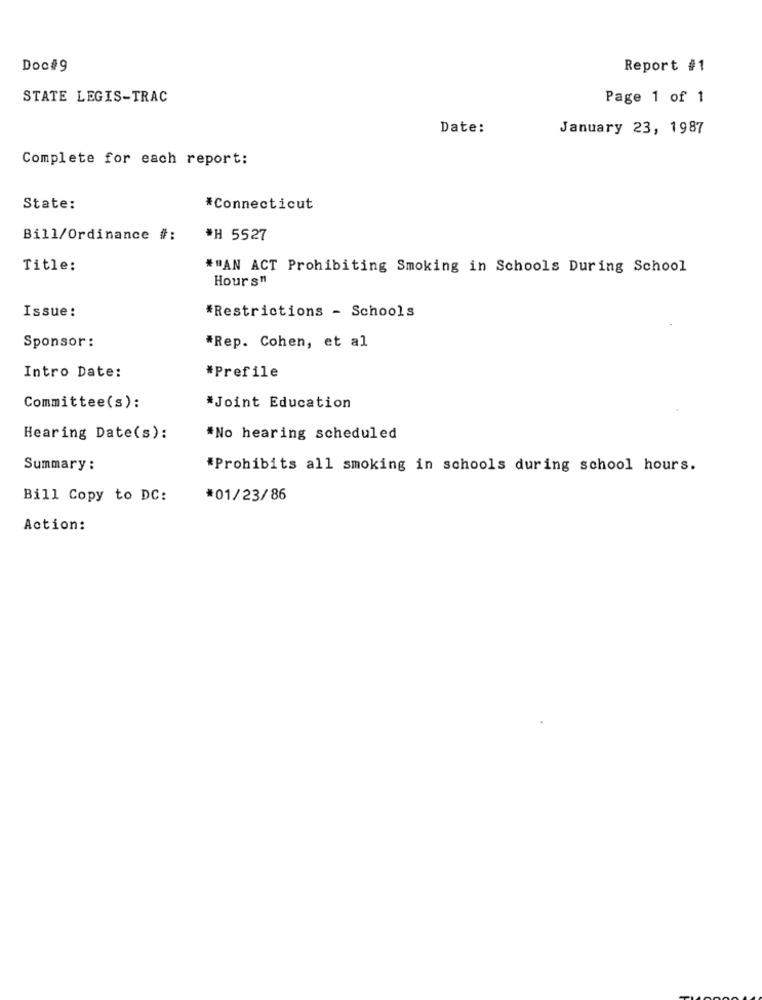
Doc#9
Report #1
STATE LEGIS-TRAC
Page 1 of 1
Date:
January 23, 1987
Complete for each report:
State:
*Connecticut
Bill/Ordinance #:
*H 5527
Title:
#"AN ACT Prohibiting Smoking in Schools During School
Hours"
Issue:
*Restrictions - Schools
Sponsor :
*Rep. Cohen, et al
Intro Date:
*Prefile
Committee(s):
*Joint Education
Hearing Date(s):
*No hearing scheduled
Summary :
*Prohibits all smoking in schools during school hours.
Bill Copy to DC:
*01/23/86
Action: